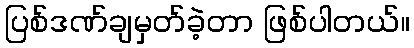
ပြစ်ဒဏ်ချမှတ်ခဲ့တာ ဖြစ်ပါတယ်။